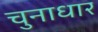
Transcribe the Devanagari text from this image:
चुनाधार